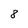
Character: 8